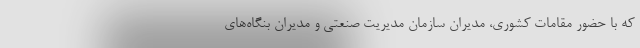
که با حضور مقامات کشوری، مدیران سازمان مدیریت صنعتی و مدیران بنگاه‌های